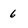
Character: 6